Insane asylums in Bengal annual reports 1867-1875 - 1867-1875
Year: 1867
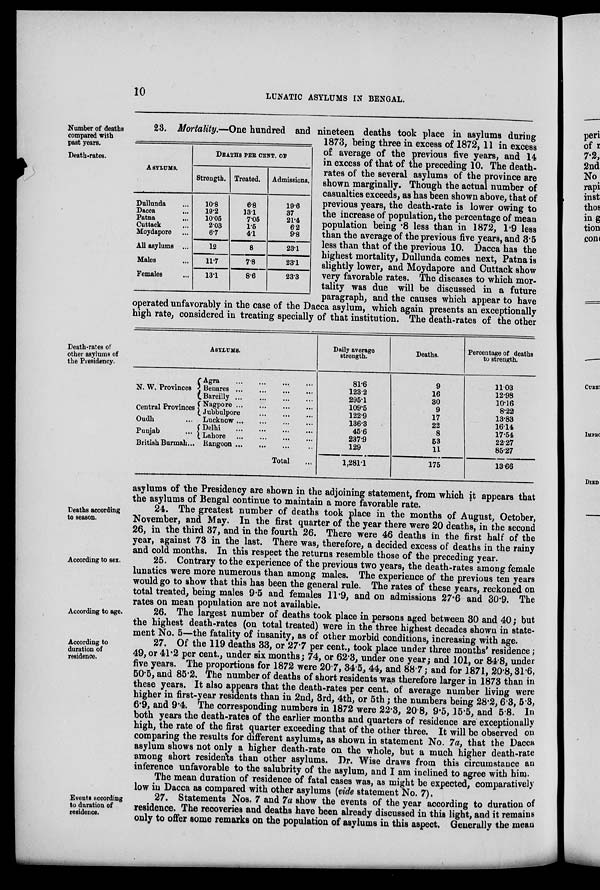
10
LUNATIC ASYLUMS IN BENGAL.
Number of death
compared with
past years.
Death-rates.
ASYLUMS.
Dullunda ...
Dacca ...
Patna ...
Cuttack ...
Moydapore ...
All asylums ...
Males ...
Females ...
DEATHS PER CENT. OF
Strength.
10.8
19.2
10.05
2.03
6.7
12
11.7
13.1
Treated.
6.8
13.1
7.05
1.5
4.1
8
7.8
8.6
Admissions.
19.6
37
21.4
6.2
9.8
23.1
23.1
23.3
23. Mortality.—One hundred and nineteen deaths took place in asylums during
1873, being three in excess of 1872, 11 in excess
of average of the previous five years, and 14
in excess of that of the preceding 10. The death-
rates of the several asylums of the province are
shown marginally. Though the actual number of
casualties exceeds, as has been shown above, that of
previous years, the death-rate is lower owing to
the increase of population, the percentage of mean
population being .8 less than in 1872, 1.9 less
than the average of the previous five years, and 3.5
less than that of the previous 10. Dacca has the
highest mortality, Dullunda comes next, Patna is
slightly lower, and Moydapore and Cuttack show
very favorable rates. The diseases to which mor-
tality was due will be discussed in a future
paragraph, and the causes which appear to have
operated unfavorably in the case of the Dacca asylum, which again presents an exceptionally
high rate, considered in treating specially of that institution. The death-rates of the other
Death-rates of
other asylums of
the Presidency.
ASYLUMS.
N. W. Provinces
Central Provinces
Oudh ...
Punjab ...
British Burmah...
Agra
...
...
...
...
Benares
...
...
...
...
Bareilly ... ... ... ...
Nagpore
...
...
...
...
Jubbulpore ... ... ... ...
Lucknow
...
...
...
...
Delhi
...
...
...
...
Lahore
...
...
...
...
Rangoon ... ... ... ...
Total ...
Daily average
strength.
81.6
123.2
295.1
109.5
122.9
136.3
45. 6
237.9
129
1,281.1
Deaths.
9
16
30
9
17
22
8
53
11
175
Percentage of deaths
to strength.
11.03
12.98
10.16
8.22
13.83
1614
17.54
22.27
85.27
13.66
asylums of the Presidency are shown in the adjoining statement, from which it appears that
the asylums of Bengal continue to maintain a more favorable rate.
Deaths according
to season.
24. The greatest number of deaths took place in the months of August, October,
November, and May. In the first quarter of the year there were 20 deaths, in the second
26, in the third 37, and in the fourth 26. There were 46 deaths in the first half of the
year, against 73 in the last. There was, therefore, a decided excess of deaths in the rainy
and cold months. In this respect the returns resemble those of the preceding year.
According to sex
25. Contrary to the experience of the previous two years, the death-rates among female
lunatics were more numerous than among males. The experience of the previous ten years
would go to show that this has been the general rule. The rates of these years, reckoned on
total treated, being males 9.5 and females 11.9, and on admissions 27.6 and 30.9. The
rates on mean population are not available.
According to age.
26. The largest number of deaths took place in persons aged between 30 and 40 ; but
the highest death-rates (on total treated) were in the three highest decades shown in state-
ment No. 5—the fatality of insanity, as of other morbid conditions, increasing with age.
According to
duration of
residence.
27. Of the 119 deaths 33, or 27.7 per cent., took place under three months' residence;
49, or 41.2 per cent., under six months; 74, or 62.3, under one year; and 101, or 84.8, under
five years. The proportions for 1872 were 20.7, 34.5, 44, and 88.7; and for 1871, 20.8, 31.6,
50.5, and 85.2. The number of deaths of short residents was therefore larger in 1873 than in
these years. It also appears that the death-rates per cent. of average number living were
higher in first-year residents than in 2nd, 3rd, 4th, or 5th; the numbers being 28.2,6.3, 5.3,
6.9, and 9.4. The corresponding numbers in 1872 were 22.3, 20.8, 9.5,15.5, and 5.8. In
both years the death-rates of the earlier months and quarters of residence are exceptionally
high, the rate of the first quarter exceeding that of the other three. It will be observed on
comparing the results for different asylums, as shown in statement No. 7 a, that the Dacca
asylum shows not only a higher death-rate on the whole, but a much higher death-rate
among short residents than other asylums. Dr. Wise draws from this circumstance an
inference unfavorable to the salubrity of the asylum, and I am inclined to agree with him.
The mean duration of residence of fatal cases was, as might be expected, comparatively
low in Dacca as compared with other asylums (vide statement No. 7).
Events according
to duration of
residence.
27. Statements Nos. 7 and 7a show the events of the year according to duration of
residence. The recoveries and deaths have been already discussed in this light, and it remains
only to offer some remarks on the population of asylums in this aspect. Generally the mean